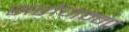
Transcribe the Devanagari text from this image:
सरोजम्मा